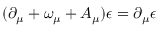
( \partial _ { \mu } + \omega _ { \mu } + A _ { \mu } ) \epsilon = \partial _ { \mu } \epsilon